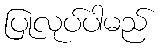
ပြုလုပ်ပါမည်